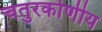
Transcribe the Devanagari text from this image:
चतुरकोणीय